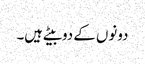
دونوں کے دوبیٹے ہیں۔